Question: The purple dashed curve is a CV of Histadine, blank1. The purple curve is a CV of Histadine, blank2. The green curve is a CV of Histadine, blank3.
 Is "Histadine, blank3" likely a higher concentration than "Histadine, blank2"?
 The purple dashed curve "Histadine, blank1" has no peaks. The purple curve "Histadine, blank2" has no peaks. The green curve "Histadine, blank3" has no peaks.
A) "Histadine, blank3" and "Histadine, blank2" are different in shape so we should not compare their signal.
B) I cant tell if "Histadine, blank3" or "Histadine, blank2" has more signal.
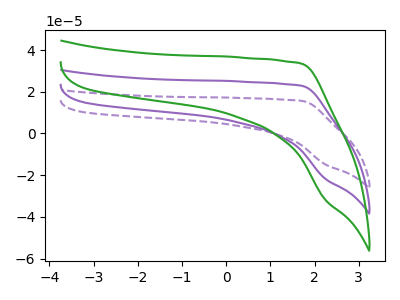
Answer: <think>Neither "Histadine, blank3" or "Histadine, blank2" have any peaks.
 </think>
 <answer>B) I cant tell if "Histadine, blank3" or "Histadine, blank2" has more signal.</answer>
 <eval>B</eval>